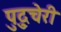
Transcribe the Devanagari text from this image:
पुदु्चेरी